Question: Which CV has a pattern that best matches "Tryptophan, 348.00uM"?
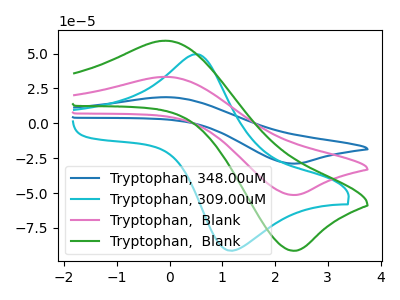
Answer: <think>The blue curve "Tryptophan, 348.00uM" has an anodic peak at (-0.10V, 66.65uA) and a cathodic peak at (2.40V, -102.80uA). The cyan curve "Tryptophan, 309.00uM" has an anodic peak at (0.50V, 49.55uA) and a cathodic peak at (1.10V, -91.20uA). The pink curve "Tryptophan,  Blank" has an anodic peak at (-0.10V, 33.35uA) and a cathodic peak at (2.40V, -51.40uA). The green curve "Tryptophan,  Blank" has an anodic peak at (-0.10V, 59.25uA) and a cathodic peak at (2.40V, -91.40uA).
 "Tryptophan, 348.00uM" and "Tryptophan, 309.00uM" have at least one peak that do not match. All the peaks in "Tryptophan, 348.00uM" have a peak in "Tryptophan,  Blank" at the same potential. Every peak in "Tryptophan, 348.00uM" is higher than every peak in "Tryptophan,  Blank". All the peaks in "Tryptophan, 348.00uM" have a peak in "Tryptophan,  Blank" at the same potential. Every peak in "Tryptophan, 348.00uM" is higher than every peak in "Tryptophan,  Blank". "Tryptophan, 309.00uM" and "Tryptophan,  Blank" have at least one peak that do not match. "Tryptophan, 309.00uM" and "Tryptophan,  Blank" have at least one peak that do not match. All the peaks in "Tryptophan,  Blank" have a peak in "Tryptophan,  Blank" at the same potential. Every peak in "Tryptophan,  Blank" is lower than every peak in "Tryptophan,  Blank".</think>
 <answer>"Tryptophan, 348.00uM" and "Tryptophan,  Blank" have a similar shape to "Tryptophan,  Blank".</answer>
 <eval>"Tryptophan, 348.00uM" "Tryptophan,  Blank"</eval>